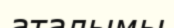
аталымы